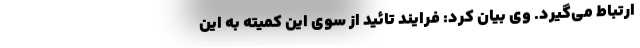
ارتباط می‌گیرد. وی بیان کرد:‌ فرایند تائید از سوی این کمیته به این